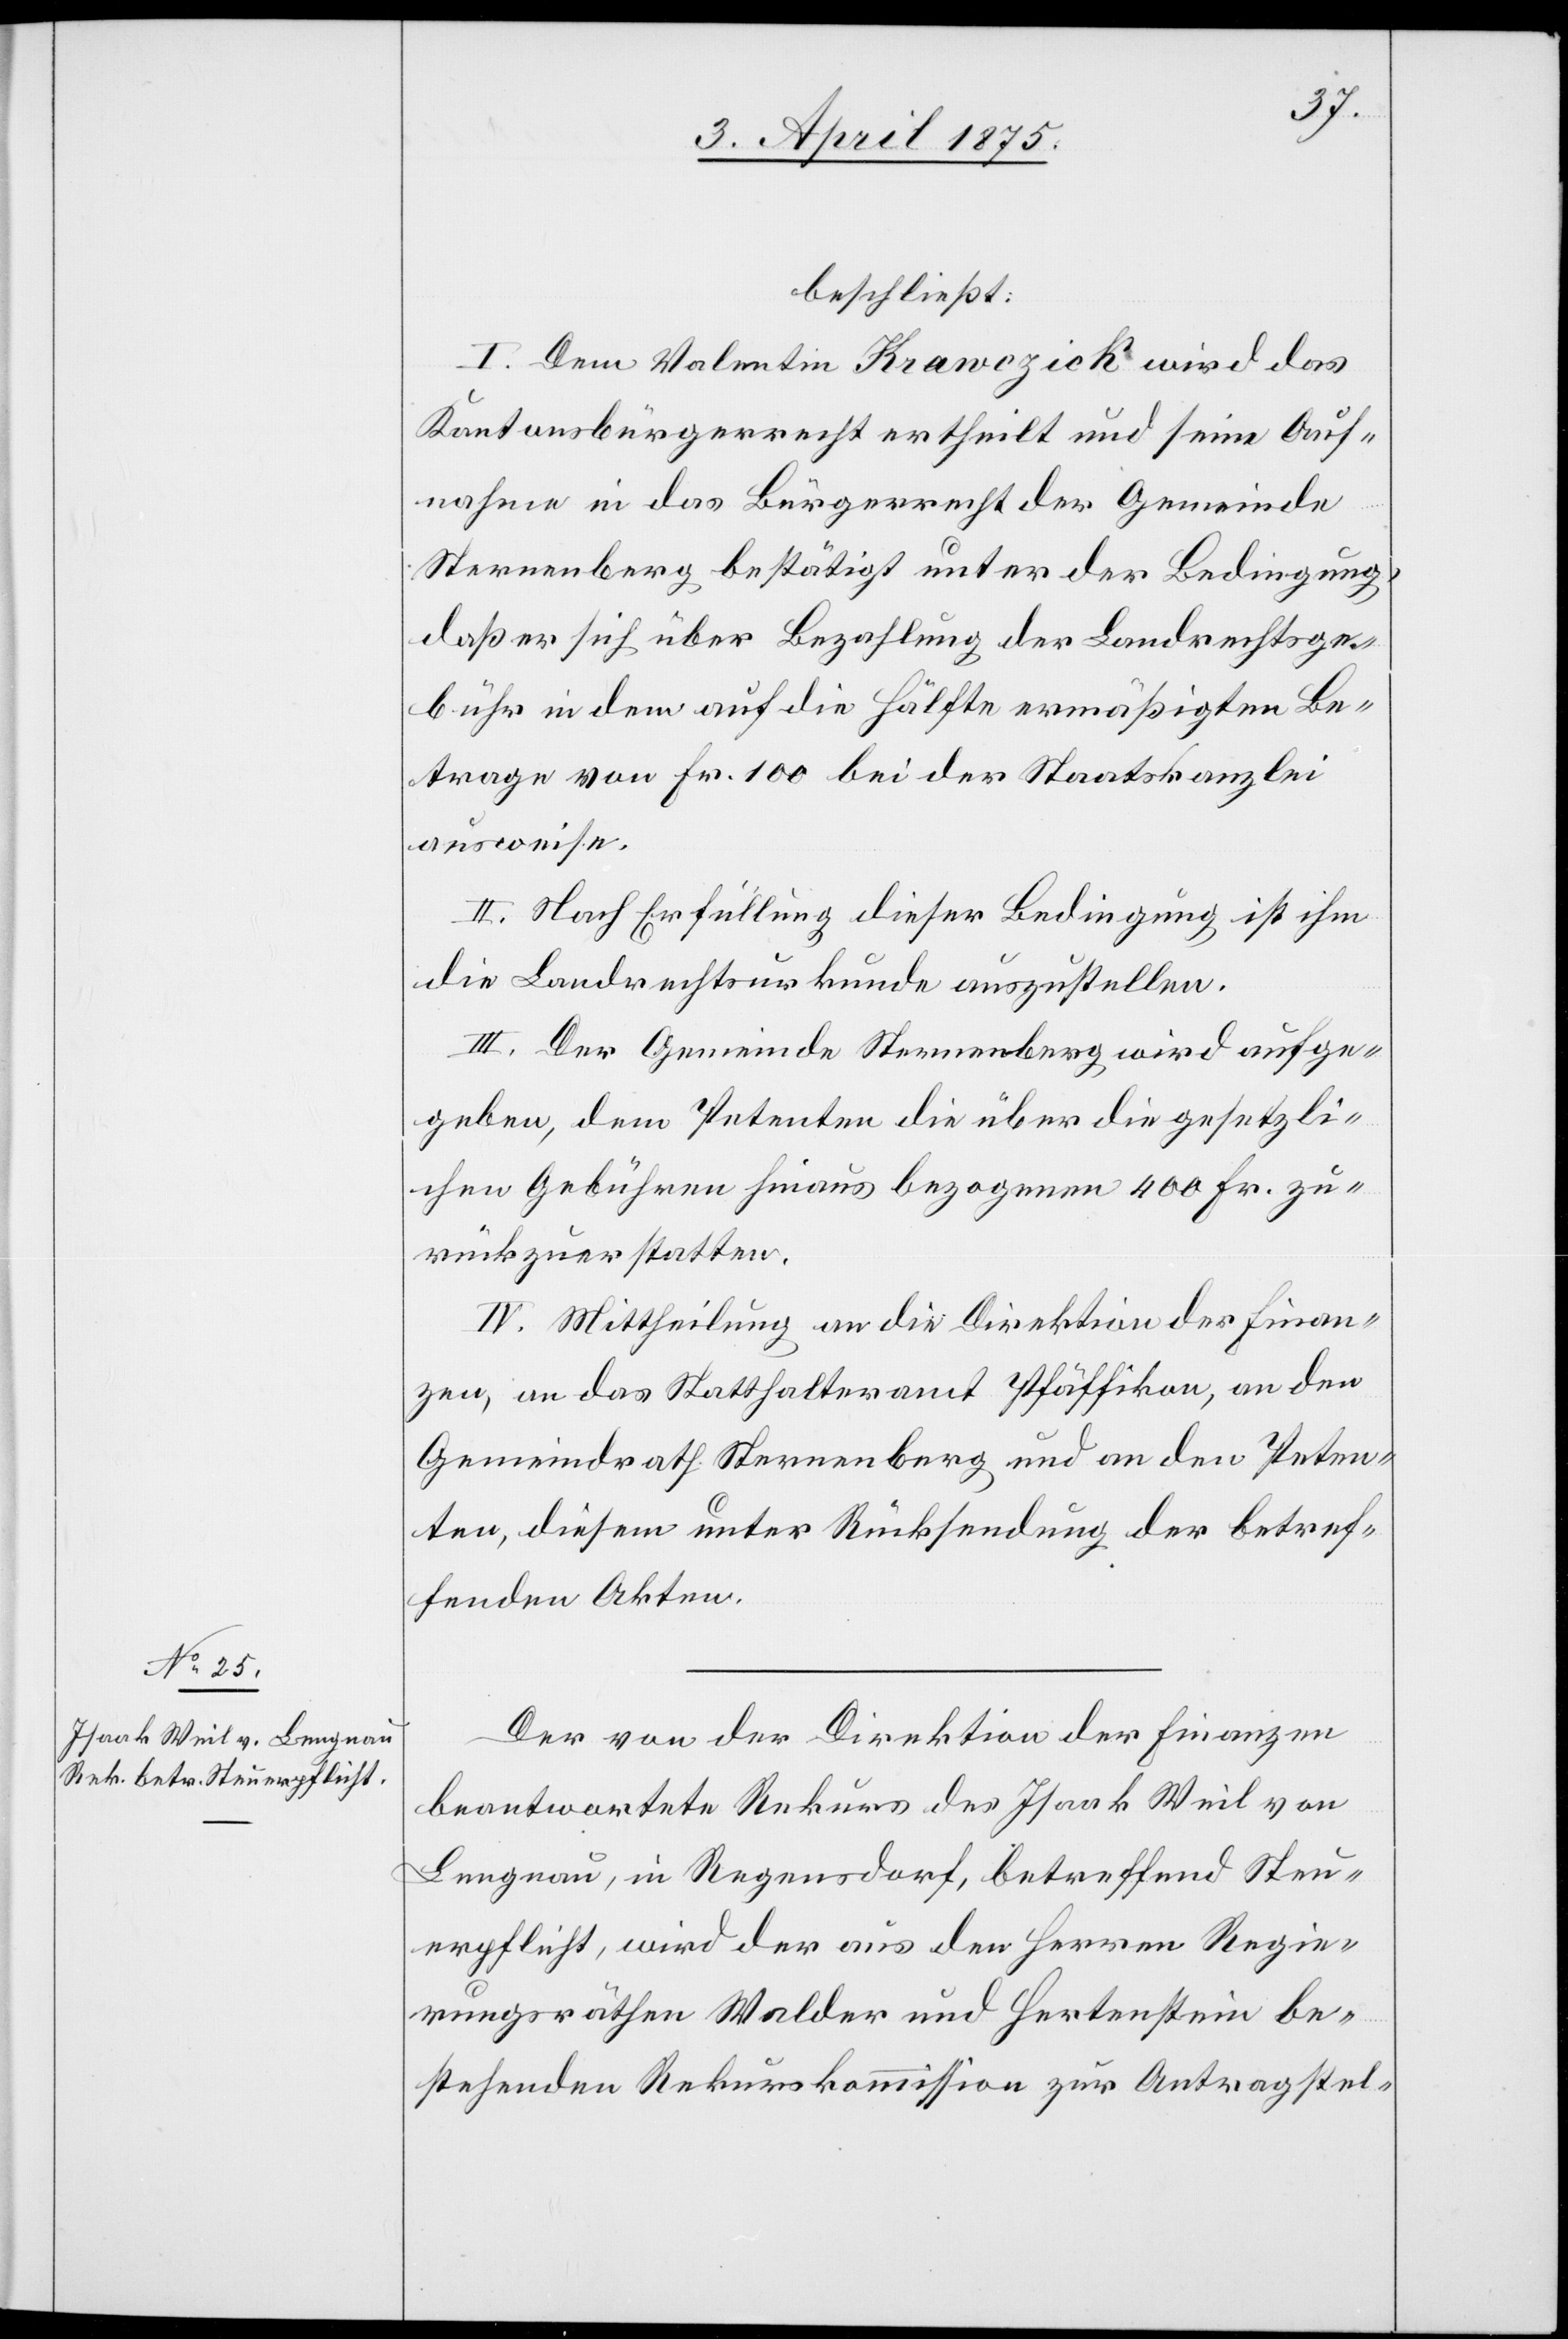
beschließt:
I. Dem Valentin Krawczick wird das
Kantonsbürgerrecht ertheilt und seine Auf¬
nahme in das Bürgerrecht der Gemeinde
Sternenberg bestätigt unter der Bedingung,
daß er sich über Bezahlung der Landrechtsge¬
bühr in dem auf die Hälfte ermäßigten Be¬
trage von Fr. 100 bei der Staatskanzlei
ausweise.
II. Nach Erfüllung dieser Bedingung ist ihm
die Landrechtsurkunde auszustellen.
III. Der Gemeinde Sternenberg wird aufge¬
geben, dem Petenten die über die gesetzli¬
chen Gebühren hinaus bezogenen 400 Fr. zu¬
rückzuerstatten.
IV. Mittheilung an die Direktion der Finan¬
zen, an das Statthalteramt Pfäffikon, an den
Gemeindrath Sternenberg und an den Peten¬
ten, diesem unter Rücksendung der betref¬
fenden Akten.
Der von der Direktion der Finanzen
beantwortete Rekurs des Isaak Weil von
Lengnau, in Regensdorf, betreffend Steu¬
erpflicht, wird der aus den Herren Regie¬
rungsräthen Walder und Hertenstein be¬
stehenden Rekurskommission zur Antragstel-